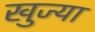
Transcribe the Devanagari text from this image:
खुज्या